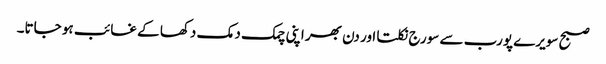
صبح سویرے پورب سے سورج نکلتا اور دن بھر اپنی چمک دمک دکھا کے غائب ہو جاتا۔